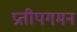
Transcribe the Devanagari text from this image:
प्रतीपगमन